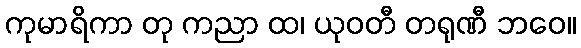
ကုမာရိကာ တု ကညာ ထ၊ ယုဝတီ တရုဏီ ဘဝေ။